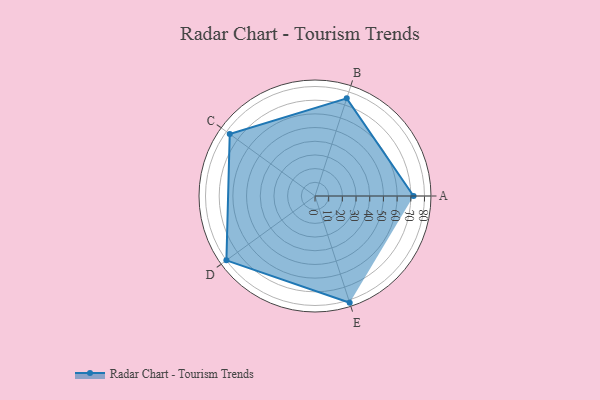
{"axis": {"x": "Skill", "y": "Score"}, "legend": ["Profile"], "data": [{"x": "A", "y": 72.0, "type": "Profile"}, {"x": "B", "y": 75.0, "type": "Profile"}, {"x": "C", "y": 77.0, "type": "Profile"}, {"x": "D", "y": 80.0, "type": "Profile"}, {"x": "E", "y": 82.0, "type": "Profile"}]}